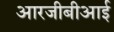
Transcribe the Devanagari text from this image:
आरजीबीआई